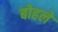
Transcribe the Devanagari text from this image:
बोहले